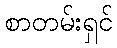
စာတမ်းရှင်